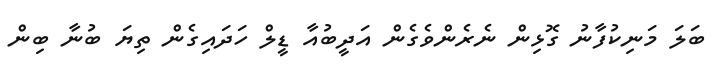
ބަލަ މަނިކުފާނު ގޮޅިން ނެރެންވެގެން އަދީބުއާ ޑީލް ހަދައިގެން ތިޔަ ބުނާ ބިން